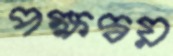
পক্ষদ্বয়